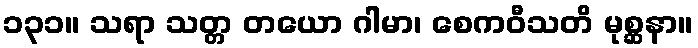
၁၃၁။ သရာ သတ္တ တယော ဂါမာ၊ စေကဝီသတိ မုစ္ဆနာ။